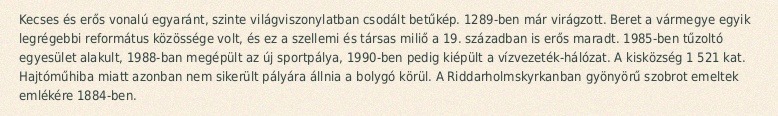
Kecses és erős vonalú egyaránt, szinte világviszonylatban csodált betűkép. 1289-ben már virágzott. Beret a vármegye egyik legrégebbi református közössége volt, és ez a szellemi és társas miliő a 19. században is erős maradt. 1985-ben tűzoltó egyesület alakult, 1988-ban megépült az új sportpálya, 1990-ben pedig kiépült a vízvezeték-hálózat. A kisközség 1 521 kat. Hajtóműhiba miatt azonban nem sikerült pályára állnia a bolygó körül. A Riddarholmskyrkanban gyönyörű szobrot emeltek emlékére 1884-ben.